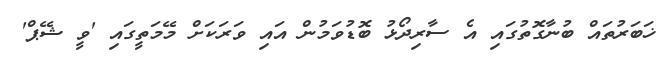
ޚަބަރުތައް ބުނާގޮތުގައި އެ ސާރިދޯޅު ބޮޑުވަމުން އައި ވަރަކަށް މޭމަތީގައި 'ވީ ޝޭޕް'